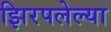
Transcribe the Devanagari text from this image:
झिरपलेल्या